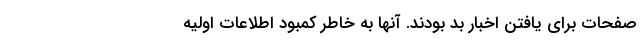
صفحات برای یافتن اخبار بد بودند. آنها به خاطر کمبود اطلاعات اولیه